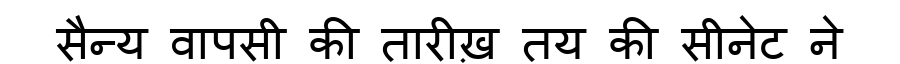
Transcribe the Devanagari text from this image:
सैन्य वापसी की तारीख़ तय की सीनेट ने